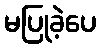
မပြုခဲ့ပေ